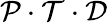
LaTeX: {\cal P}\cdot{\cal T}\cdot{\cal D}